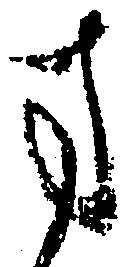
方